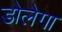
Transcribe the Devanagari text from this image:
डोलेगा